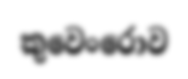
කුවෙංරොව